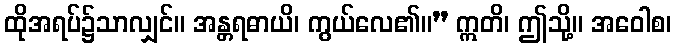
ထိုအရပ်၌သာလျှင်။ အန္တရဓာယိ၊ ကွယ်လေ၏။” ဣတိ၊ ဤသို့။ အဝေါစ၊